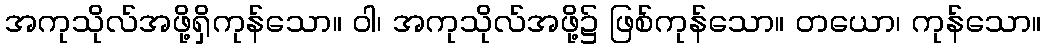
အကုသိုလ်အဖို့ရှိကုန်သော။ ဝါ၊ အကုသိုလ်အဖို့၌ ဖြစ်ကုန်သော။ တယော၊ ကုန်သော။